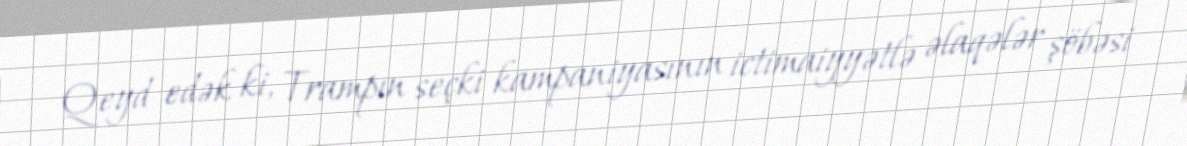
Qeyd edək ki, Trampın seçki kampaniyasının ictimaiyyətlə əlaqələr şöbəsi